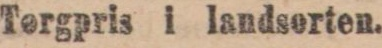
Tergpris i landserten.